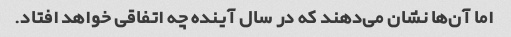
اما آن‌ها نشان می‌دهند که در سال آینده چه اتفاقی خواهد افتاد.